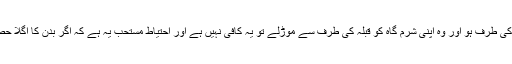
مسئلہ 68: اگر رفع حاجت کے وقت کسی شخص کے بدن کا اگلا حصہ قبلہ رُخ یا پشت قبلہ كی طرف ہو اور وہ اپنی شرم گاہ کو قبلہ کی طرف سے موڑلے تو یہ کافی نہیں ہے اور احتیاط مستحب یہ ہے کہ اگر بدن کا اگلا حصہ قبلہ رُخ اور پشت بہ قبلہ بھی نہیں ہے تو شرم گاہ کو قبلہ رُخ یا پشت كی طرف نہ کرے۔